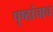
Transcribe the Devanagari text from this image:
पृष्ठांचाच